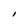
Character: l